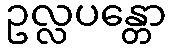
ဥလ္လပန္တော